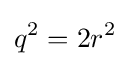
q^{2}=2r^{2}